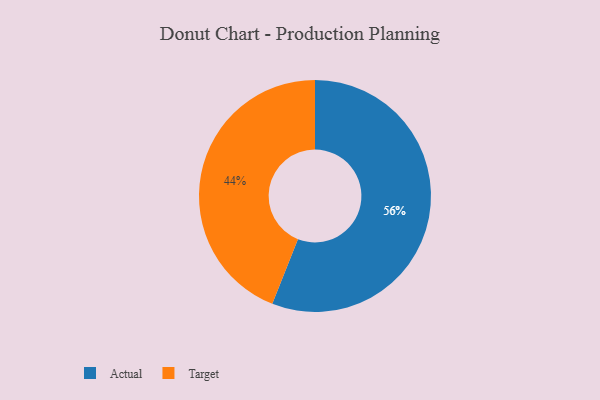
{"axis": {"x": "Category", "y": "Percentage"}, "legend": ["Actual", "Target"], "data": [{"x": "Target", "y": 44, "type": "Target"}, {"x": "Actual", "y": 56, "type": "Actual"}]}